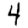
Digit: 4